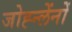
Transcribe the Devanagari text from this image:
जोह्न्लेंनों